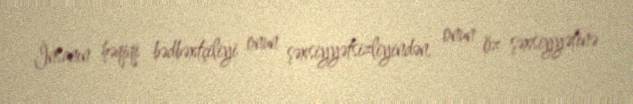
İnsanın həqiqi bədbəxtçiliyi onun şəxsiyyətsizliyindən, onun öz şəxsiyyətinə